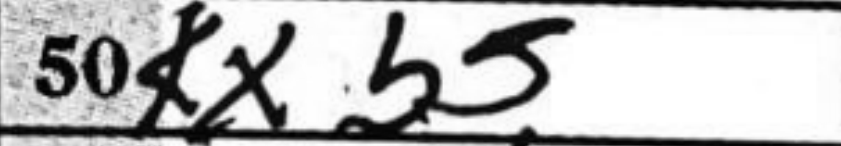
Transcription: Kxb5